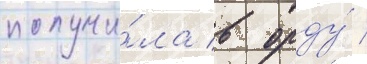
получи́ла в орду́ /